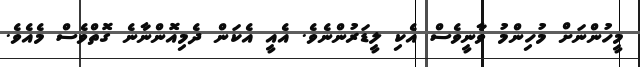
މީހުންނަށް މުހިންމު ވާނީވެސް އެކި ލީޑަރުންނެވެ. އެއީ އެކަން ދެމިއޮންނާނެ ގޮތްވެސް މެއެވެ.